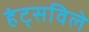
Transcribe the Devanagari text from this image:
हंट्सविले